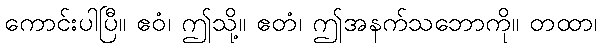
ကောင်းပါပြီ။ ဧဝံ၊ ဤသို့။ ဧတံ၊ ဤအနက်သဘောကို။ တထာ၊